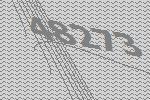
48273